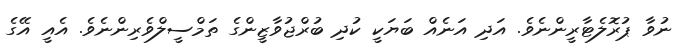
ނުވާ ޕުރޮލެޓާރީންނެވެ. އަދި އަނެއް ބަޔަކީ ކުދި ބުރްޖުވާޒީންގެ ތަމްސީލްވެރިންނެވެ. އެއީ އޭގެ